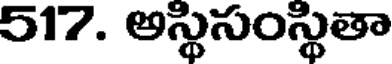
517. అస్థిసంస్థితా